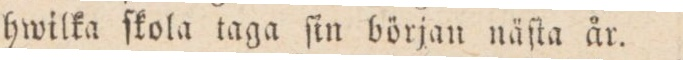
hwilka ſkola taga ſin början näſta år.